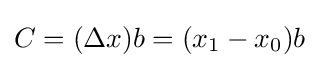
C=(\Delta x)b=(x_{1}-x_{0})b